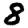
Digit: 8